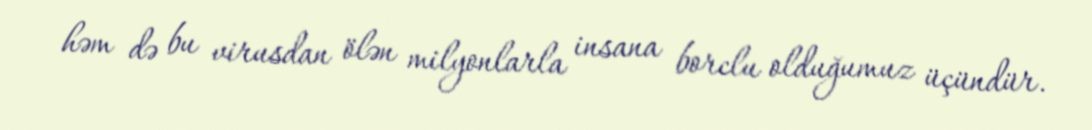
həm də bu virusdan ölən milyonlarla insana borclu olduğumuz üçündür.